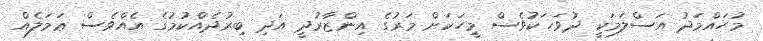
މުހައްމަދު އަސްލަމަކީ ދުވަހަކުވެސް މީހަކަށް މަރުގެ އިންޒާރުދީ އަދި ބިރުދެއްކުމުގެ އެއްވެސް ޢަމަލެއް